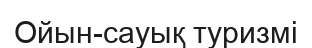
Ойын-сауық туризмі